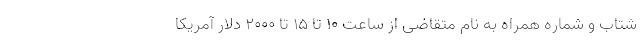
شتاب و شماره همراه به نام متقاضی از ساعت ۱۰ تا ۱۵ تا ۲۰۰۰ دلار آمریکا